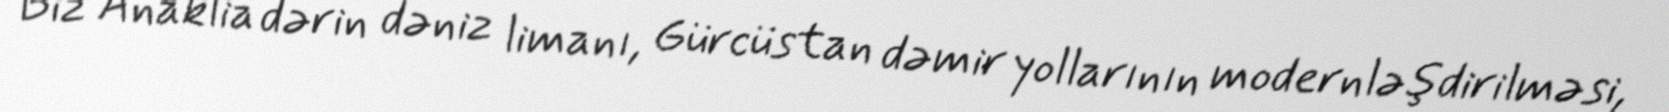
Biz Anaklia dərin dəniz limanı, Gürcüstan dəmir yollarının modernləşdirilməsi,